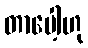
တာပေါ့ဟု